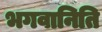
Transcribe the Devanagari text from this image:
भगवानिति